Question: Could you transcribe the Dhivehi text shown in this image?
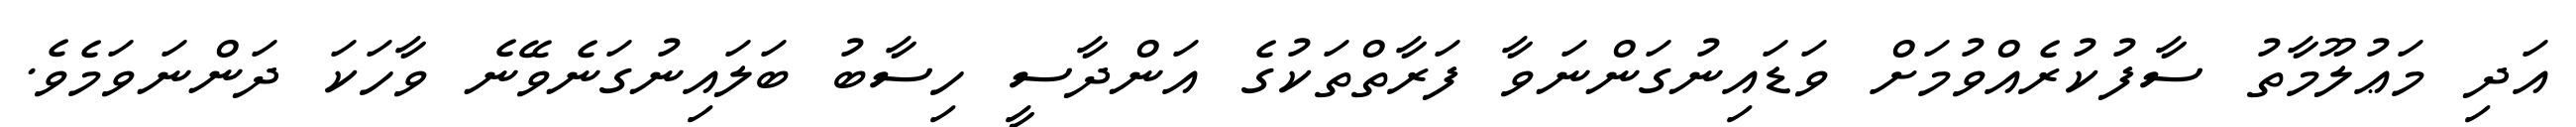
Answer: އަދި މަޢުލޫމާތު ސާފުކުރެއްވުމަށް ވަޑައިނުގަންނަވާ ފަރާތްތަކުގެ އަންދާސީ ހިސާބު ބަލައިނުގަނެވޭނެ ވާހަކަ ދަންނަވަމެވެ.